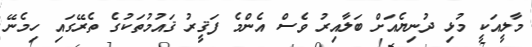
މާލީއަކީ މުޅި ދުނިޔެއަށް ބަލާއިރު ވެސް އެންމެ ފަޤީރު ޤައުމުތަކުގެ ތެރޭގައި ހިމެނޭ